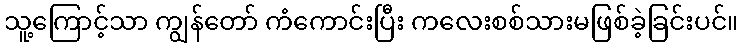
သူ့ကြောင့်သာ ကျွန်တော် ကံကောင်းပြီး ကလေးစစ်သားမဖြစ်ခဲ့ခြင်းပင်။